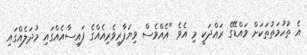
އެ ތުހުމަތުތަކަށް ވައްޑޭގެ ރައްދަކީ މި އެވެ "އެއްވެސް ވިޔަފާރިވެރިއެއްގެ ފައިސާއެއްގައި މުދަލެއްގައި